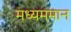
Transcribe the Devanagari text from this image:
मध्यममान